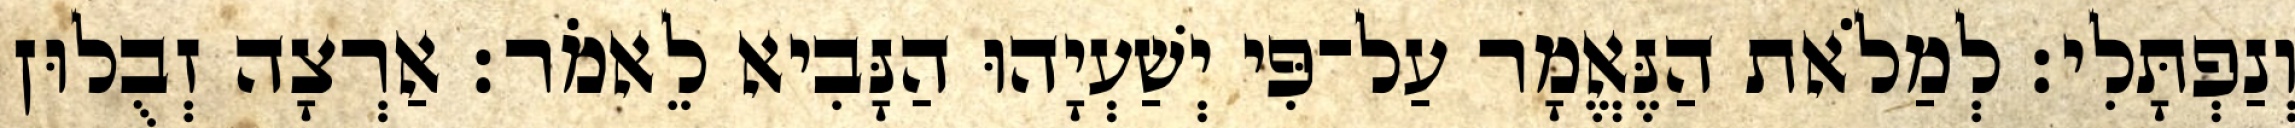
וְנַפְתָּלִי׃ לְמַלֹאת הַנֶּאֱמָר עַל־פִּי יְשַׁעְיָהוּ הַנָּבִיא לֵאמֹר׃ אַרְצָה זְבֻלוּן